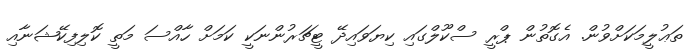
ތަޢުލީމަކަށްވުން. އެގޮތުން ޕްރީ ސްކޫލްގައި ކިޔަވައިދޭ ޓީޗަރުންނަކީ ކަމަށް ހާއްސަ މަތީ ކޮލިފިކޭޝަނާއި